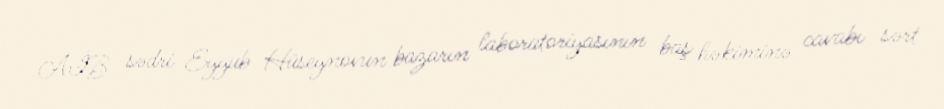
AİB sədri Eyyub Hüseynovun bazarın laboratoriyasının baş həkiminə cavabı sərt